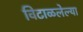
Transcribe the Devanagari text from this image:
विटाळलेल्या